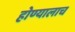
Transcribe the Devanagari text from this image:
होण्यालाच